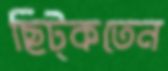
ছিট্‌কতেন